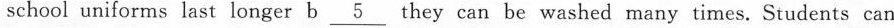
school uniforms last longer b\underline{5} they can be washed many times. Students can